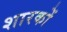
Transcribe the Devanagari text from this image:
शारकों